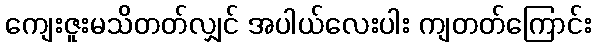
ကျေးဇူးမသိတတ်လျှင် အပါယ်လေးပါး ကျတတ်ကြောင်း